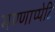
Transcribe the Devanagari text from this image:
मण्णाप्पेटि